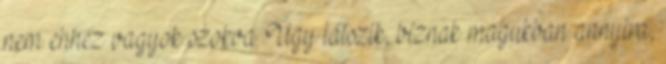
nem ehhez vagyok szokva. Úgy látszik, bíznak magukban annyira,